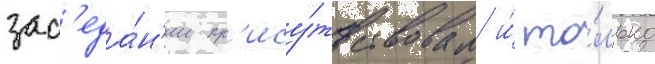
зас'еда́н'ии пр'ису́тствовал и́ то́лько